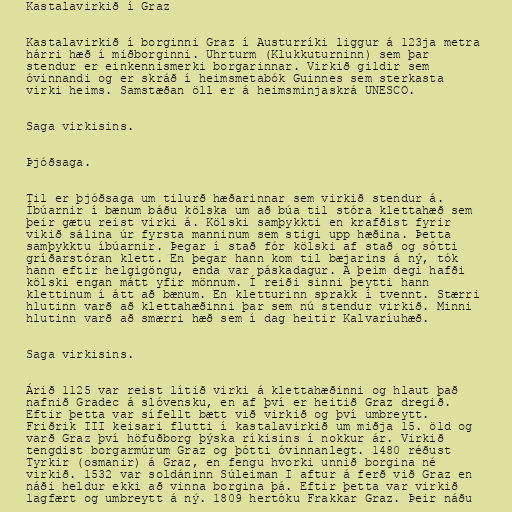
Kastalavirkið í Graz

Kastalavirkið í borginni Graz í Austurríki liggur á 123ja metra
hárri hæð í miðborginni. Uhrturm (Klukkuturninn) sem þar
stendur er einkennismerki borgarinnar. Virkið gildir sem
óvinnandi og er skráð í heimsmetabók Guinnes sem sterkasta
virki heims. Samstæðan öll er á heimsminjaskrá UNESCO.

Saga virkisins.

Þjóðsaga.

Til er þjóðsaga um tilurð hæðarinnar sem virkið stendur á.
Íbúarnir í bænum báðu kölska um að búa til stóra klettahæð sem
þeir gætu reist virki á. Kölski samþykkti en krafðist fyrir
vikið sálina úr fyrsta manninum sem stigi upp hæðina. Þetta
samþykktu íbúarnir. Þegar í stað fór kölski af stað og sótti
gríðarstóran klett. En þegar hann kom til bæjarins á ný, tók
hann eftir helgigöngu, enda var páskadagur. Á þeim degi hafði
kölski engan mátt yfir mönnum. Í reiði sinni þeytti hann
klettinum í átt að bænum. En kletturinn sprakk í tvennt. Stærri
hlutinn varð að klettahæðinni þar sem nú stendur virkið. Minni
hlutinn varð að smærri hæð sem í dag heitir Kalvaríuhæð.

Saga virkisins.

Árið 1125 var reist lítið virki á klettahæðinni og hlaut það
nafnið Gradec á slóvensku, en af því er heitið Graz dregið.
Eftir þetta var sífellt bætt við virkið og því umbreytt.
Friðrik III keisari flutti í kastalavirkið um miðja 15. öld og
varð Graz því höfuðborg þýska ríkisins í nokkur ár. Virkið
tengdist borgarmúrum Graz og þótti óvinnanlegt. 1480 réðust
Tyrkir (osmanir) á Graz, en fengu hvorki unnið borgina né
virkið. 1532 var soldáninn Súleiman I aftur á ferð við Graz en
náði heldur ekki að vinna borgina þá. Eftir þetta var virkið
lagfært og umbreytt á ný. 1809 hertóku Frakkar Graz. Þeir náðu